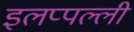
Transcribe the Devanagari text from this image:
इलप्पल्ली